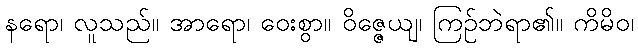
နရော၊ လူသည်။ အာရော၊ ဝေးစွာ။ ဝိဇ္ဇေယျ၊ ကြဉ်ဘဲရာ၏။ ကိမိဝ၊